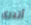
أتدرى